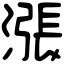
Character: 漲